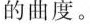
的曲度。